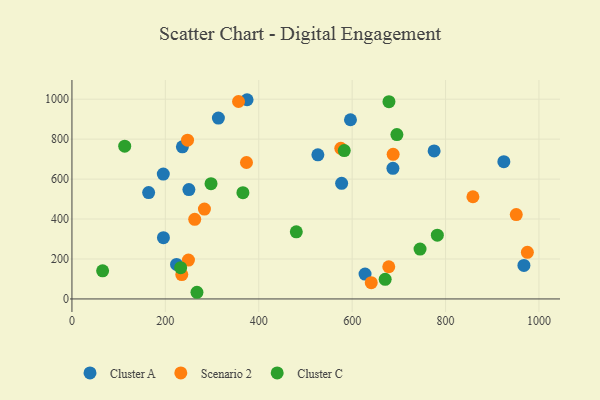
{"axis": {"x": "Engine Size", "y": "Sales"}, "legend": ["Cluster A", "Cluster C", "Scenario 2"], "data": [{"x": "195.9", "y": 306.8, "type": "Cluster A"}, {"x": "224.0", "y": 172.7, "type": "Cluster A"}, {"x": "924.8", "y": 687.0, "type": "Cluster A"}, {"x": "164.2", "y": 532.3, "type": "Cluster A"}, {"x": "577.5", "y": 578.6, "type": "Cluster A"}, {"x": "236.5", "y": 761.6, "type": "Cluster A"}, {"x": "526.6", "y": 721.3, "type": "Cluster A"}, {"x": "313.6", "y": 905.4, "type": "Cluster A"}, {"x": "375.0", "y": 997.3, "type": "Cluster A"}, {"x": "195.6", "y": 624.9, "type": "Cluster A"}, {"x": "596.4", "y": 897.1, "type": "Cluster A"}, {"x": "250.4", "y": 547.7, "type": "Cluster A"}, {"x": "967.8", "y": 167.6, "type": "Cluster A"}, {"x": "775.5", "y": 740.8, "type": "Cluster A"}, {"x": "627.6", "y": 124.5, "type": "Cluster A"}, {"x": "687.3", "y": 653.7, "type": "Cluster A"}, {"x": "687.8", "y": 724.2, "type": "Scenario 2"}, {"x": "247.5", "y": 794.8, "type": "Scenario 2"}, {"x": "373.7", "y": 683.0, "type": "Scenario 2"}, {"x": "858.6", "y": 511.6, "type": "Scenario 2"}, {"x": "640.9", "y": 81.7, "type": "Scenario 2"}, {"x": "975.2", "y": 233.4, "type": "Scenario 2"}, {"x": "262.9", "y": 398.8, "type": "Scenario 2"}, {"x": "678.4", "y": 161.2, "type": "Scenario 2"}, {"x": "249.5", "y": 194.6, "type": "Scenario 2"}, {"x": "283.7", "y": 450.0, "type": "Scenario 2"}, {"x": "235.2", "y": 122.2, "type": "Scenario 2"}, {"x": "575.7", "y": 753.8, "type": "Scenario 2"}, {"x": "951.4", "y": 422.6, "type": "Scenario 2"}, {"x": "356.7", "y": 988.5, "type": "Scenario 2"}, {"x": "782.4", "y": 319.2, "type": "Cluster C"}, {"x": "267.7", "y": 33.4, "type": "Cluster C"}, {"x": "232.8", "y": 156.5, "type": "Cluster C"}, {"x": "113.0", "y": 764.8, "type": "Cluster C"}, {"x": "745.4", "y": 249.7, "type": "Cluster C"}, {"x": "583.1", "y": 742.9, "type": "Cluster C"}, {"x": "695.8", "y": 822.8, "type": "Cluster C"}, {"x": "366.1", "y": 532.1, "type": "Cluster C"}, {"x": "670.7", "y": 98.2, "type": "Cluster C"}, {"x": "65.7", "y": 140.8, "type": "Cluster C"}, {"x": "297.8", "y": 577.0, "type": "Cluster C"}, {"x": "678.8", "y": 987.7, "type": "Cluster C"}, {"x": "480.4", "y": 336.2, "type": "Cluster C"}]}